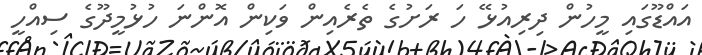
އައްޑޫގައި މީހުން ދިރިއުޅޭ ހަ ރަށުގެ ތެރެއިން ވަކިން އޮންނަ ހުޅުމީދޫގެ ސިއްހީ